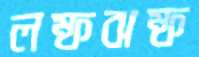
লম্ফঝম্ফ